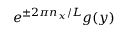
e ^ { \pm 2 \pi n _ { x } / L } g ( y )